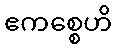
ဧကစ္စေဟိ